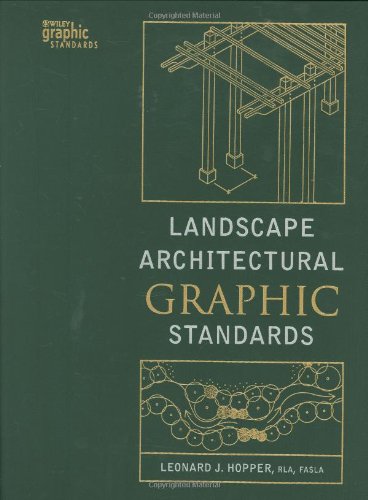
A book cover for Landscape Architectural Graphic Standards; Arts & Photography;